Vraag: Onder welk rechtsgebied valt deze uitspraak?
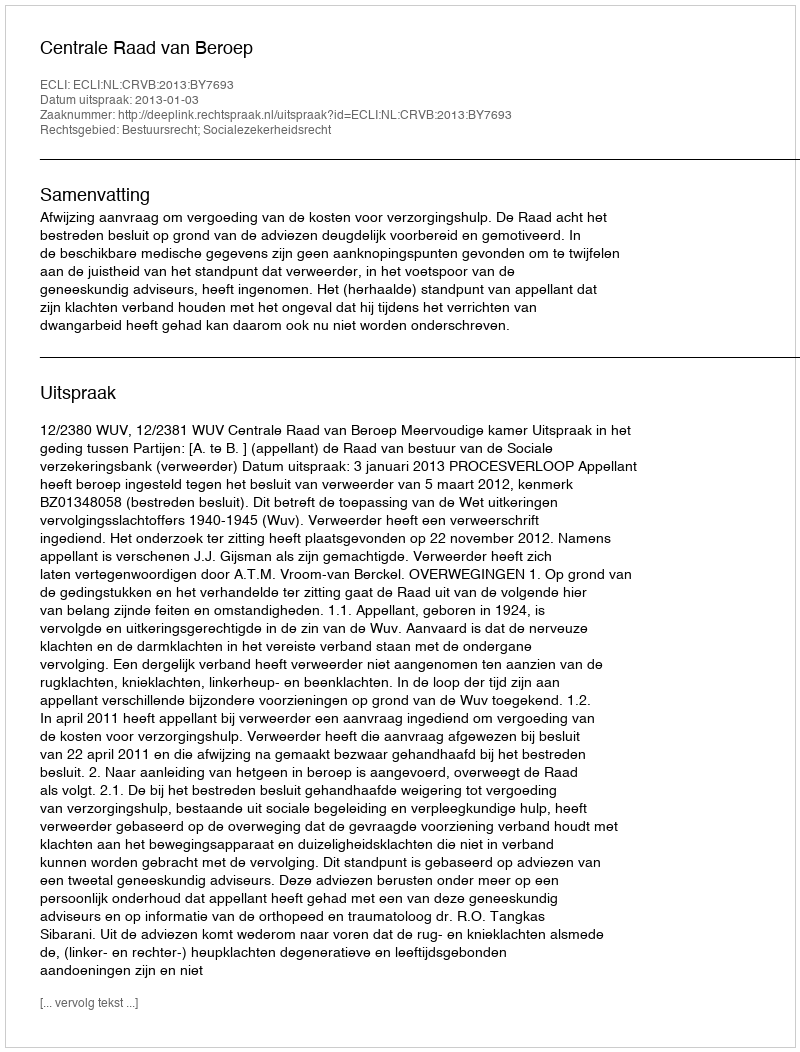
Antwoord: Bestuursrecht; Socialezekerheidsrecht